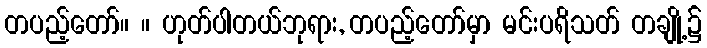
တပည့်တော်။ ။ ဟုတ်ပါတယ်ဘုရား, တပည့်တော်မှာ မင်းပရိသတ် တချို့၌